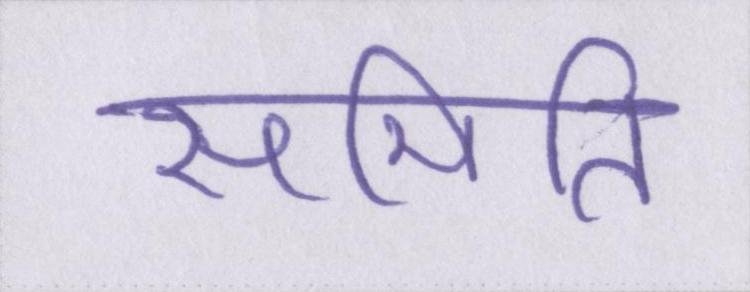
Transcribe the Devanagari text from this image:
समिति